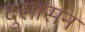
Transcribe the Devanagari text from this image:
दुसासन